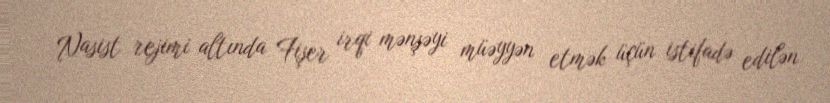
Nasist rejimi altında Fişer irqi mənşəyi müəyyən etmək üçün istifadə edilən